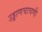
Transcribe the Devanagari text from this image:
उड्डाणचाचणी